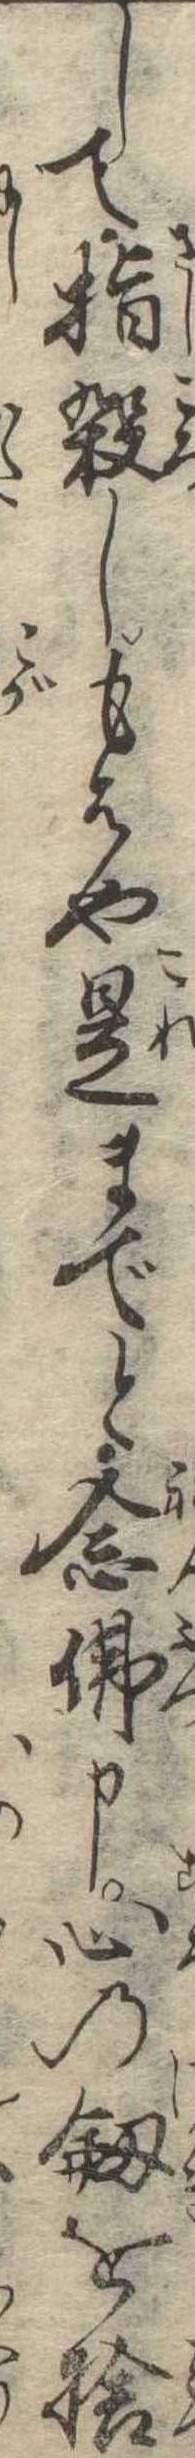
して指殺しもはや是までと念仏申心の剣を捨